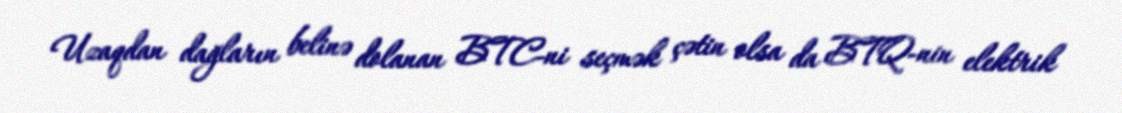
Uzaqdan dağların belinə dolanan BTC-ni seçmək çətin olsa da BTQ-nin elektrik